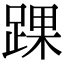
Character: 踝